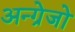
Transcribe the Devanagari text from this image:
अन्ग्रेजो